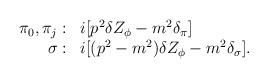
LaTeX: \begin{align*}\begin{array}{rl}\pi_0,\pi_j:&i[p^2\delta Z_{\phi}-m^2\delta_{\pi}]\\\sigma:&i[(p^2-m^2)\delta Z_{\phi}-m^2\delta_{\sigma}].\end{array}\end{align*}